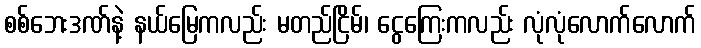
စစ်ဘေးဒဏ်နဲ့ နယ်မြေကလည်း မတည်ငြိမ်၊ ငွေကြေးကလည်း လုံလုံလောက်လောက်